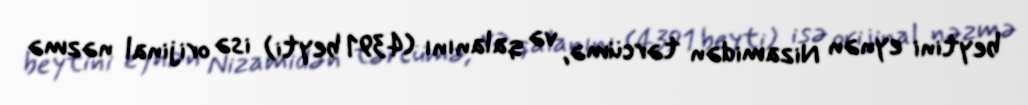
beytini eynən Nizamidən tərcümə, və qalanını (4391 beyti) isə orijinal nəzmə